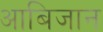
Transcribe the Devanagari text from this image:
आबिजान